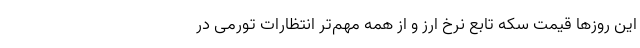
این روزها قیمت سکه تابع نرخ ارز و از همه مهم‌تر انتظارات تورمی در